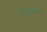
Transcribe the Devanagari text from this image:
है।यमुनोत्तरी